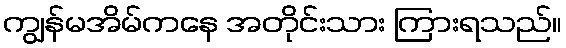
ကျွန်မအိမ်ကနေ အတိုင်းသား ကြားရသည်။